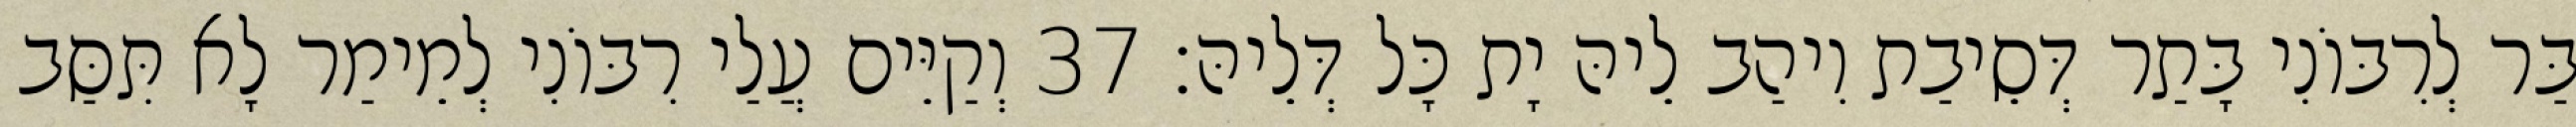
בַּר לְרִבּוֹנִי בָּתַר דְּסֵיבַת וִיהַב לֵיהּ יָת כָּל דְּלֵיהּ׃ 37 וְקַיֵּים עֲלַי רִבּוֹנִי לְמֵימַר לָא תִּסַּב